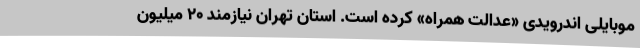
موبایلی اندرویدی «عدالت همراه» کرده است. استان تهران نیازمند ۲۰ میلیون